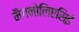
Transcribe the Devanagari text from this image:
मैगनोलिएसिई